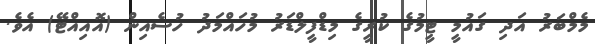
މެމްބަރު އަދި ގައުމީ ޓީމުގެ ކުރީގެ މިޑްފީލްޑަރު މުހައްމަދު ހުސެއިން (އޮއިއްޓޭ) އެވެ.